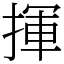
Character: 揮